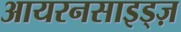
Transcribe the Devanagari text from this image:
आयरनसाइड्ज़